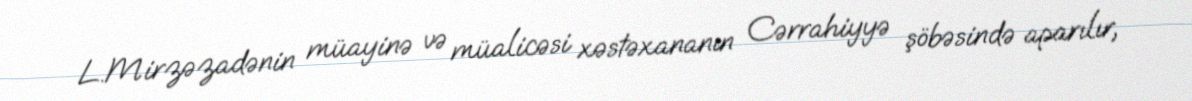
L.Mirzəzadənin müayinə və müalicəsi xəstəxananın Cərrahiyyə şöbəsində aparılır,